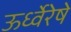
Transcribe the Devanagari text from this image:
ऊर्ध्वेरेषे